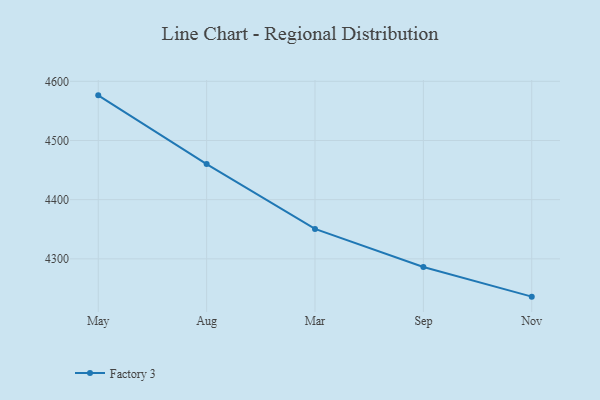
{"axis": {"x": "Month", "y": "Revenue (USD Million)"}, "legend": ["Factory 3"], "data": [{"x": "May", "y": 4576.3, "type": "Factory 3"}, {"x": "Aug", "y": 4460.1, "type": "Factory 3"}, {"x": "Mar", "y": 4350.6, "type": "Factory 3"}, {"x": "Sep", "y": 4286.2, "type": "Factory 3"}, {"x": "Nov", "y": 4236.1, "type": "Factory 3"}]}